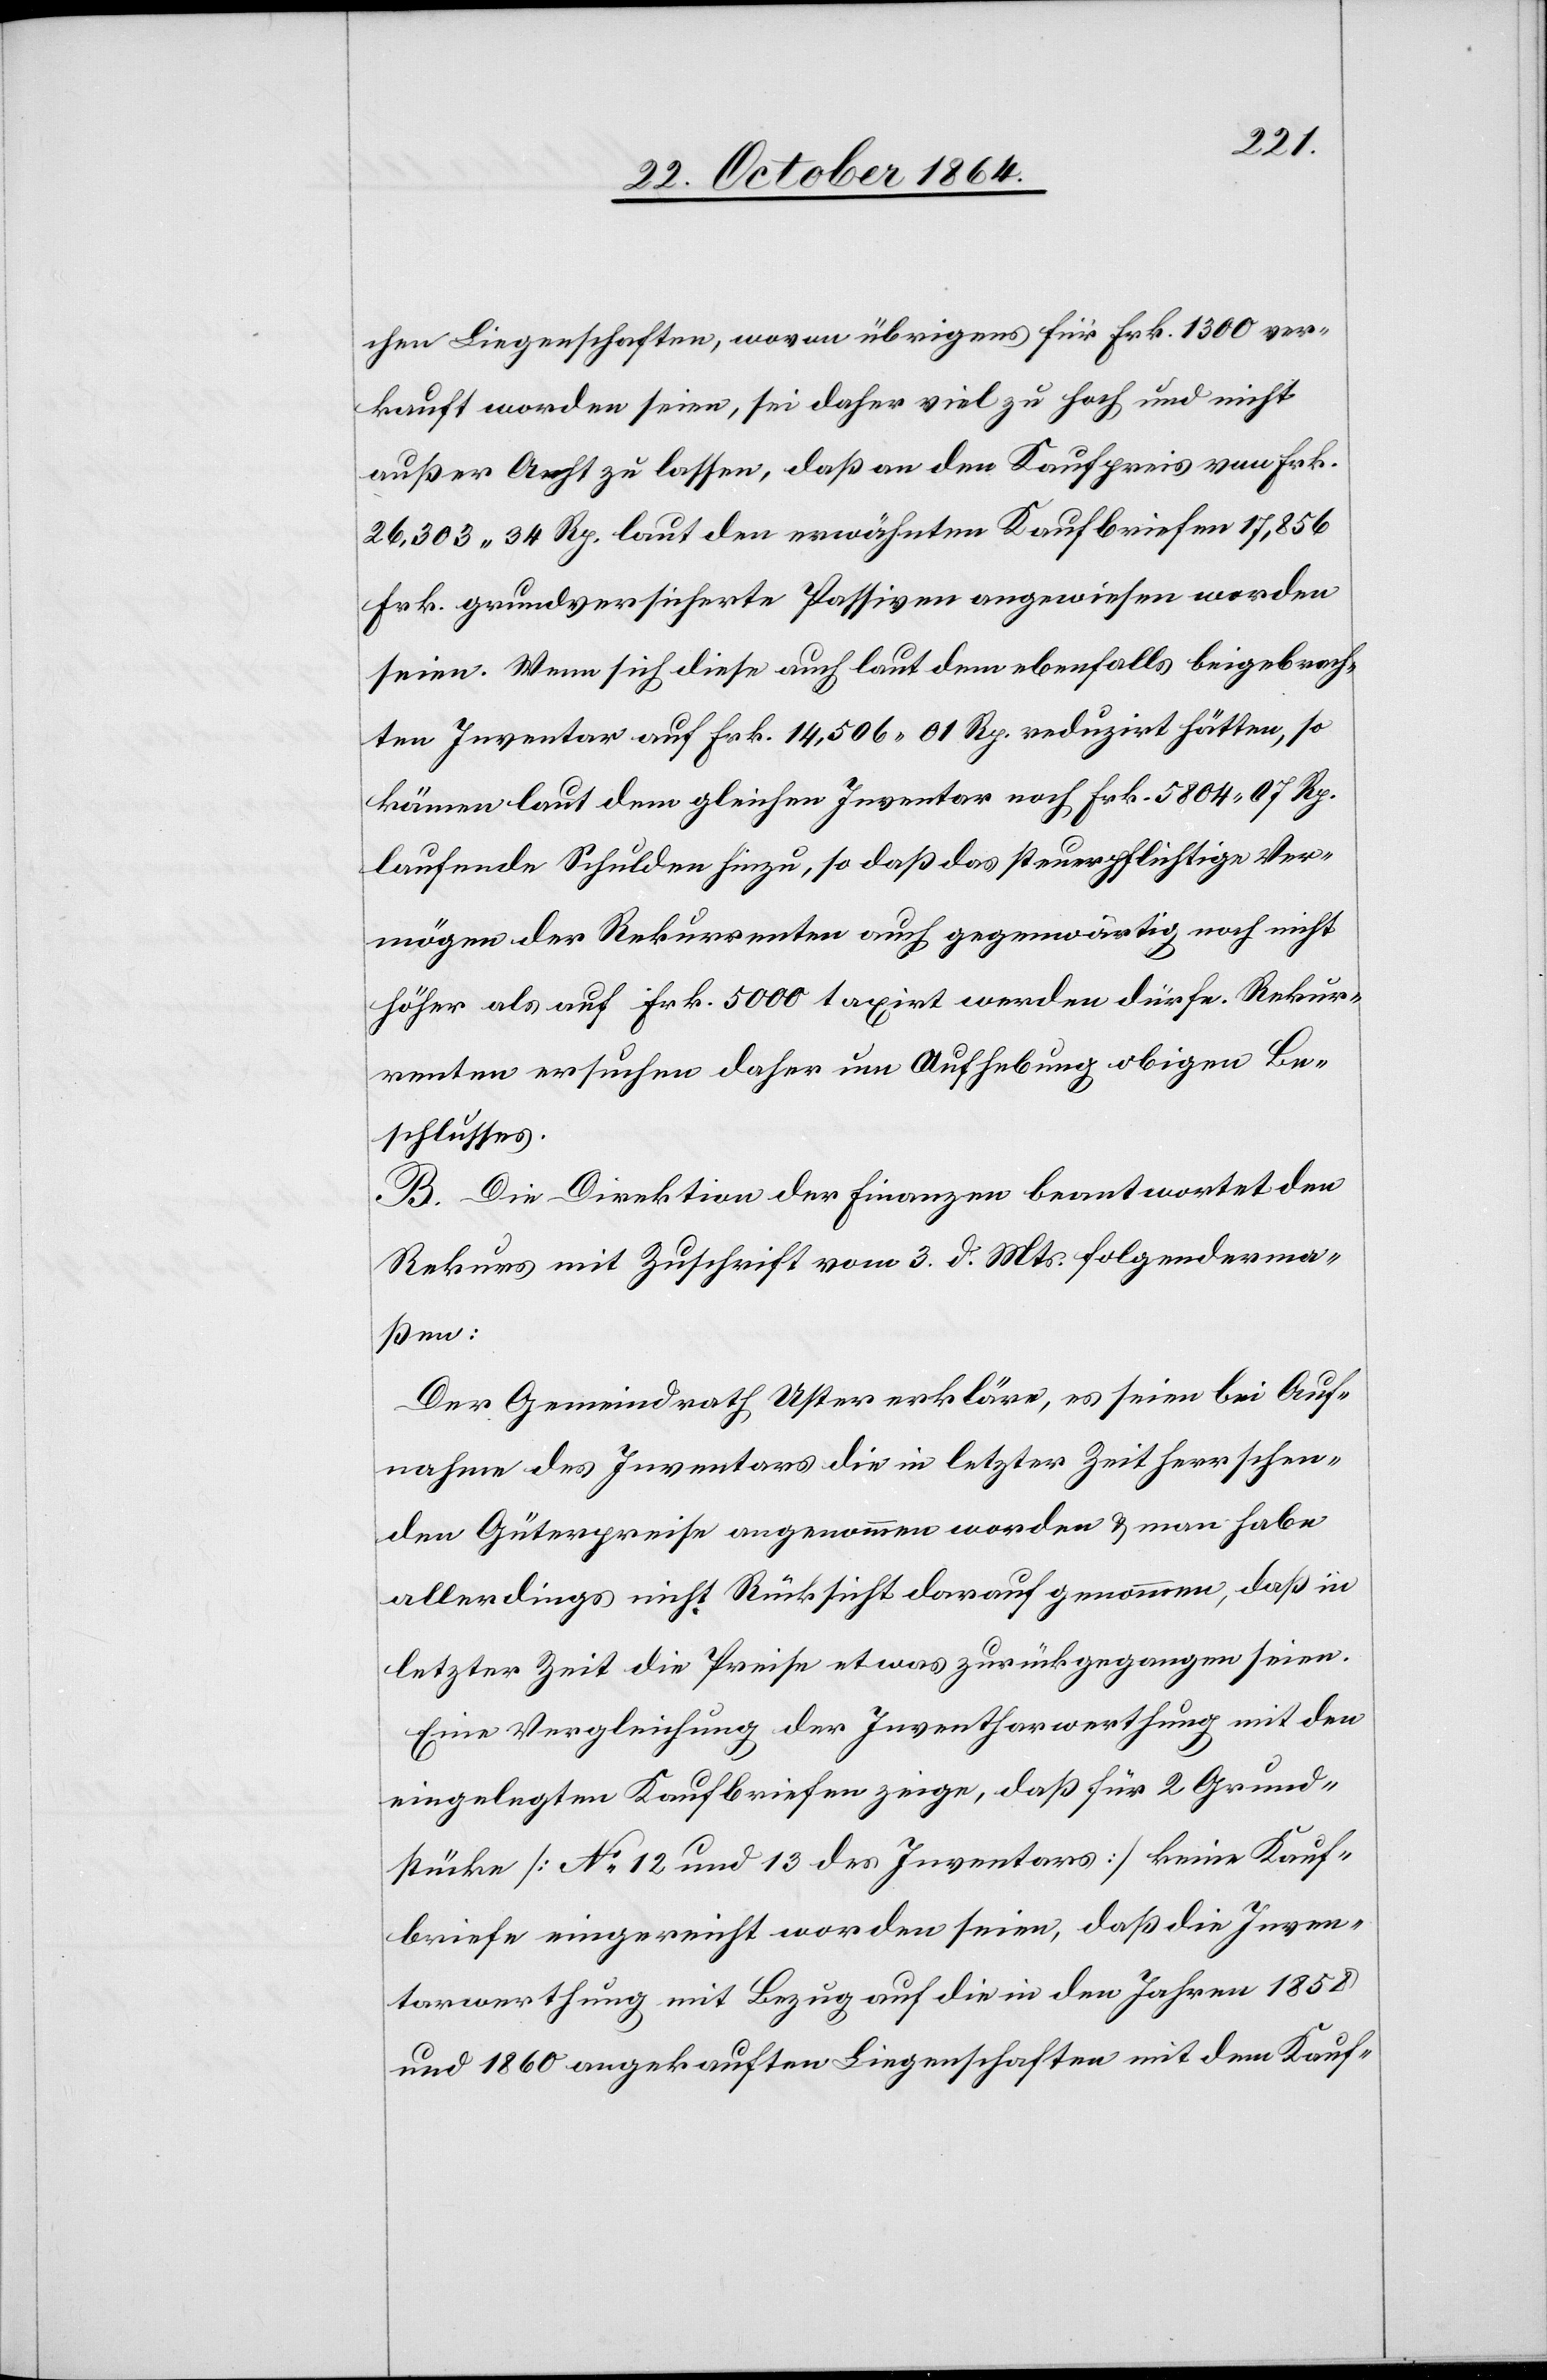
chen Liegenschaften, wovon übrigens Frk. 1300 ver¬
kauft worden seien, sei daher viel zu hoch und nicht
außer Acht zu lassen, daß an den Kaufpreis von Frk.
26,303.34 Rp. laut den erwähnten Kaufbriefen 17,865
Frk. grundversicherte Passiven angewiesen worden
seien. Wenn sich diese auch laut dem ebenfalls beigebrach¬
ten Inventar auf Frk. 14,506.01 Rp. reduzirt hätten, so
kämen laut dem gleichen Inventar noch Frk. 5804.07 Rp.
laufende Schulden hinzu, so daß das steuerpflichtige Ver¬
mögen der Rekurrenten auch gegenwärtig noch nicht
höher als auf Frk. 5000 taxirt werden dürfe. Rekur¬
renten ersuchen daher um Aufhebung obigen Be¬
schlusses.
B. Die Direktion der Finanzen beantwortet den
Rekurs mit Zuschrift vom 3. d. Mts. folgenderma¬
ßen:
Der Gemeindrath Uster erkläre, es seien bei Auf¬
nahme des Inventars die in letzter Zeit herrschen¬
den Güterpreise angenommen worden & man habe
allerdings nicht Rücksicht darauf genommen, daß in
letzter Zeit die Preise etwas zurückgegangen seien.
Eine Vergleichung der Inventharwerthung mit den
eingelegten Kaufbriefen zeige, daß für 2 Grund¬
stücke [No 12 und 13 des Inventars] keine Kauf¬
briefe eingereicht worden seien, daß die Inven¬
tarwerthung mit Bezug auf die in den Jahren 1858
und 1860 angekauften Liegenschaften mit dem Kauf-